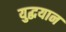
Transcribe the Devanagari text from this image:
युद्धयान